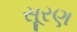
સૂરણ